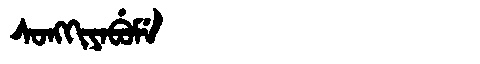
Manchu: ᠰᠣᠩᡴᡳᠶᠠᠪᡠᠮᡝ
Romanization: SONGKIYABUME